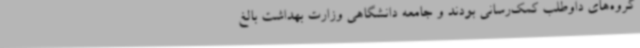
گروه‌های داوطلب کمک‌رسانی بودند و جامعه دانشگاهی وزارت بهداشت بالغ